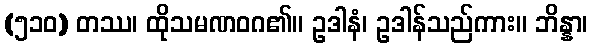
(၅၁၀) တဿ၊ ထိုသမဏဝဂ၏။ ဥဒါနံ၊ ဥဒါန်သည်ကား။ ဘိန္နာ၊